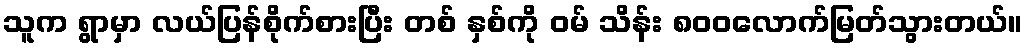
သူက ရွာမှာ လယ်ပြန်စိုက်စားပြီး တစ် နှစ်ကို ဝမ် သိန်း ၈၀၀လောက်မြတ်သွားတယ်။